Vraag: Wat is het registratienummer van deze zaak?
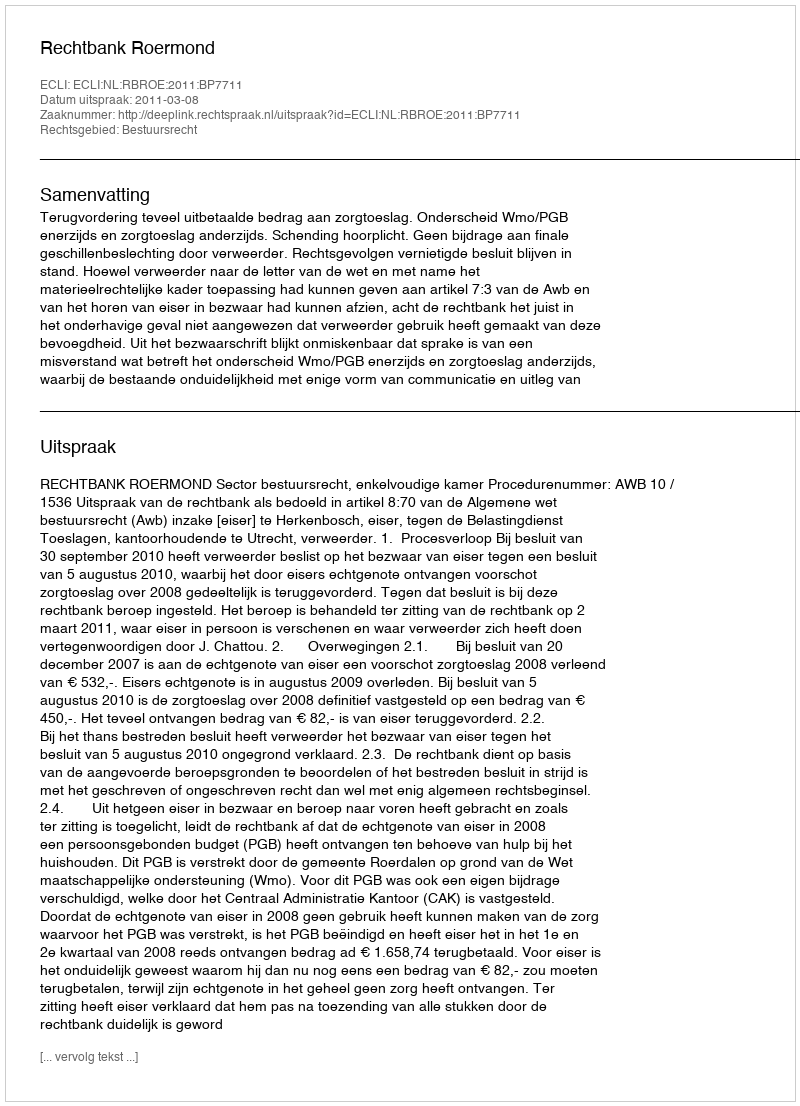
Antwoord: http://deeplink.rechtspraak.nl/uitspraak?id=ECLI:NL:RBROE:2011:BP7711